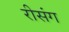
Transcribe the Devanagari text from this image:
रीसंग